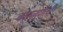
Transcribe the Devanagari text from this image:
काव्यगुणांची